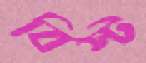
বিস্ট